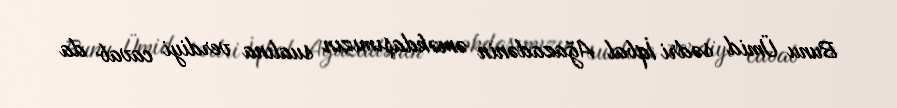
Bunu Ümid sədri İqbal Ağazadənin əməkdaşımızın sualına verdiyi cavab da